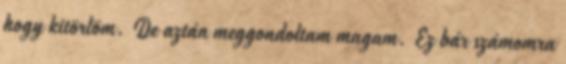
hogy kitörlöm. De aztán meggondoltam magam. Ez bár számomra